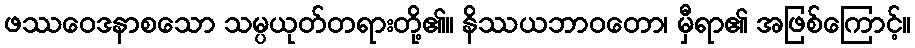
ဖဿဝေဒနာစသော သမ္ပယုတ်တရားတို့၏။ နိဿယဘာဝတော၊ မှီရာ၏ အဖြစ်ကြောင့်။